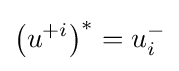
\left(u^{+i}\right)^{*}=u_{i}^{-}